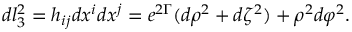
d l _ { 3 } ^ { 2 } = h _ { i j } d x ^ { i } d x ^ { j } = e ^ { 2 \Gamma } ( d \rho ^ { 2 } + d \zeta ^ { 2 } ) + \rho ^ { 2 } d \varphi ^ { 2 } .